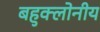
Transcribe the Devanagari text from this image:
बहुक्लोनीय